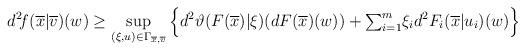
LaTeX: \begin{align*} d^2\!f(\overline{x}|\overline{v})(w)\ge\sup_{(\xi,u)\in\Gamma_{\overline{x},\overline{v}}}\Big\{d^2\vartheta(F(\overline{x})|\xi)(dF(\overline{x})(w))+{\textstyle\sum_{i=1}^m}\xi_id^2F_i(\overline{x}|u_i)(w)\Big\} \end{align*}